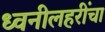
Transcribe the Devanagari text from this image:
ध्वनीलहरींचा